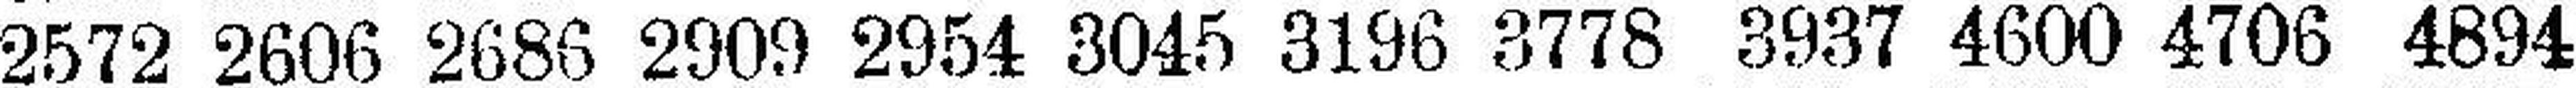
2572 2606 2686 2909 2954 3045 3196 3778 3937 4600 4706 4894